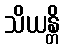
သိယန္တိ